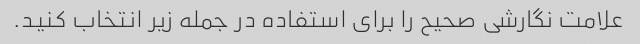
علامت نگارشی صحیح را برای استفاده در جمله زیر انتخاب کنید.